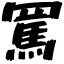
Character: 罵